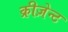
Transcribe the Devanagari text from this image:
क्रीज़ेन्ट